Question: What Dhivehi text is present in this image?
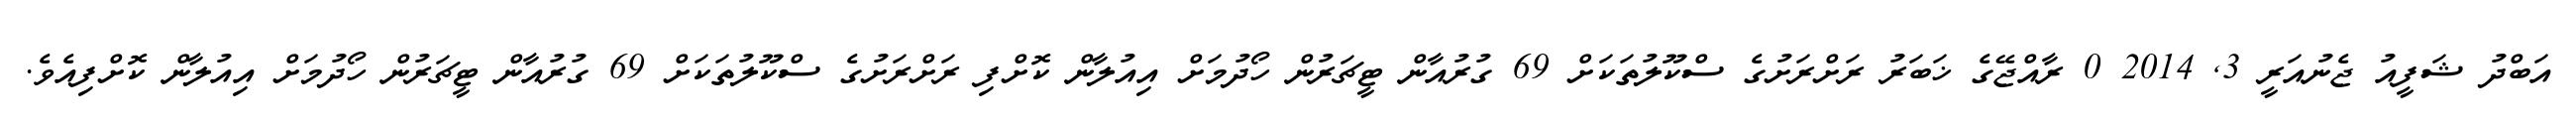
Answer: އަބްދު ޝަފީއު ޖެނުއަރީ 3, 2014 0 ރާއްޖޭގެ ޚަބަރު ރަށްރަށުގެ ސްކޫލުތަކަށް 69 ގުރުއާން ޓީޗަރުން ހޯދުމަށް އިއުލާން ކޮށްފި ރަށްރަށުގެ ސްކޫލުތަކަށް 69 ގުރުއާން ޓީޗަރުން ހޯދުމަށް އިއުލާން ކޮށްފިއެވެ.